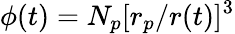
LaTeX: \phi(t)=N_{p}[r_{p}/r(t)]^{3}